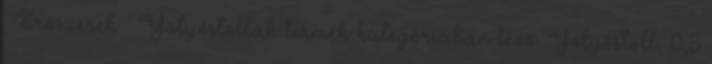
Írószerek Golyóstollak termék kategóriában lévő Golyóstoll, 0,5